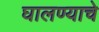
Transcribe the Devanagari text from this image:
घालण्‍याचे